system: You are a helpful assistant.
user:
Analyze the provided spectrum to determine if it is a **S-type Star**.

- **Key Indicators for S-type Star:**

    - **(Overall Spectrum Shape):** The first and most obvious characteristic is the overall continuum (the "baseline" shape). It is **extremely "red-sloping,"** meaning the flux (light intensity) is very low on the left side (blue, ~4000-4500 Å) and rises steeply and continuously toward the right side (red, ~7000 Å+).

    - **(Primary):** The spectrum is defined by the presence of strong, broad molecular absorption "valleys" (bands) from **Zirconium Oxide (ZrO)**. The identification of these bands is the **primary requirement** for classifying a star as S-type.
        - **(Key Bandheads):** You must find distinct, deep "dips" where the light has been absorbed. The most critical band systems to locate are:
            - **~6474 Å** ($\gamma$-system): This is often the strongest and clearest ZrO feature, found in the red part of the spectrum.
            - **~5718 Å** & **~5551 Å** ($\beta$-system): A pair of prominent absorption features in the yellow-orange part of the spectrum.
            - **~4640 Å** ($\alpha$-system): A key absorption band system in the blue-green region of the spectrum.

    - **(Secondary Confirmation):** The classification is strengthened by finding additional absorption bands from other related heavy element oxides, which are expected to be present alongside ZrO.
        - **(Key Bandheads):**
            - **Yttrium Oxide (YO):** Look for absorption dips near **~4800 Å** and **~6100 Å**.
            - **Lanthanum Oxide (LaO):** Additional absorption features, particularly in the red-orange part of the spectrum, are also characteristic.

    - **(Line Profile):** The combination of the steep red continuum and these numerous, deep molecular bands (ZrO, YO, etc.) gives the entire spectrum a very **"chopped-up"** or **"bumpy"** appearance. Instead of a smooth curve, the spectrum looks as though large, wide chunks of light have been "carved out" of it at the specific wavelengths listed above.

Think first, call **spectral_visualization_tool** if needed to examine features in detail, then provide your final answer. Your response must adhere to the following strict rules:
1.  **Overall Structure:** Your response must follow the format `<think>...</think> <tool_call>...</tool_call> (if a tool is used) <answer>...</answer>`.
2.  **Tool Usage Constraint:** You may only make **one** tool call per turn.
3.  **Final Answer Format:** In the `<answer>` tag, your conclusion must be inside a `\boxed{}` command (e.g., `\boxed{YES}` or `\boxed{NO}`), followed by your justification.

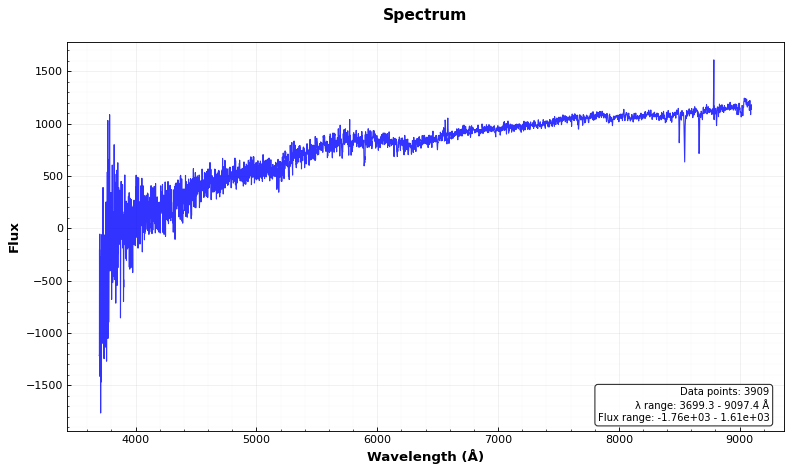
Answer: NO